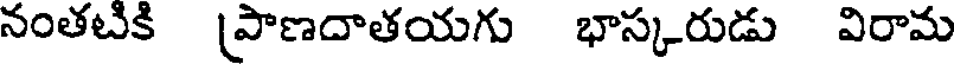
నంతటికి (పాణదాతయగు భాస్కరుడు విరామ